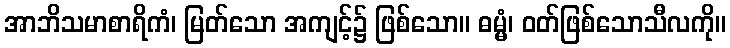
အာဘိသမာစာရိကံ၊ မြတ်သော အကျင့်၌ ဖြစ်သော။ ဓမ္မံ၊ ဝတ်ဖြစ်သောသီလကို။